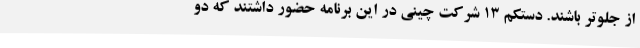
از جلوتر باشند. دستکم ۱۳ شرکت چینی در این برنامه حضور داشتند که دو